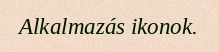
Alkalmazás ikonok.